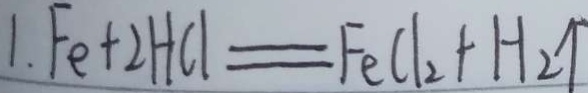
1 . F e + 2 H C l = F e C l _ { 2 } + H _ { 2 } \uparrow